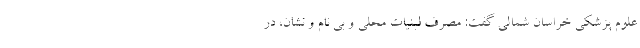
علوم پزشکی خراسان شمالی گفت: مصرف لبنیات محلی و بی نام و نشان، در